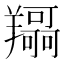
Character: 𦏤